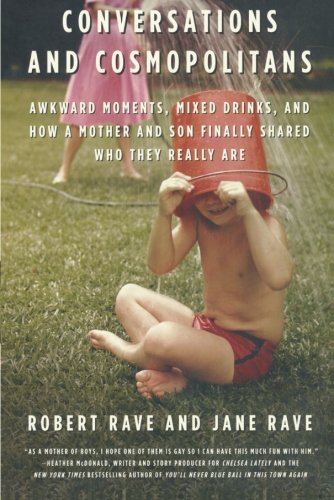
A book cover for Conversations and Cosmopolitans: Awkward Moments, Mixed Drinks, and How a Mother and Son Finally Shared Who They Really Are; Robert Rave; Gay & Lesbian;